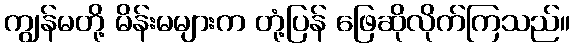
ကျွန်မတို့ မိန်းမများက တုံ့ပြန် ဖြေဆိုလိုက်ကြသည်။